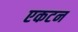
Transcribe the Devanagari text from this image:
एकटन